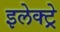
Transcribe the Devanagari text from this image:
इलेक्ट्रे